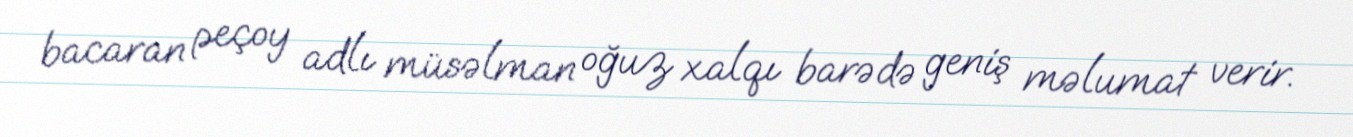
bacaran peçoy adlı müsəlman oğuz xalqı barədə geniş məlumat verir.